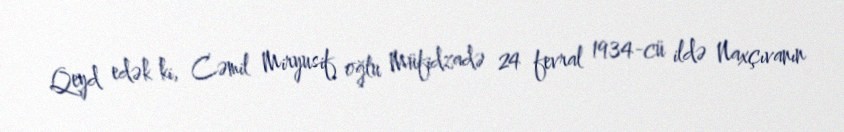
Qeyd edək ki, Cəmil Miryusif oğlu Müfidzadə 24 fevral 1934-cü ildə Naxçıvanın